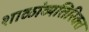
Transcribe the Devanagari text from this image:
शाळांव्यतिरिक्त